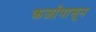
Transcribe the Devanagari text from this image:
कर्जापासून